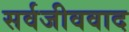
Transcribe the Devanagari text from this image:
सर्वजीववाद